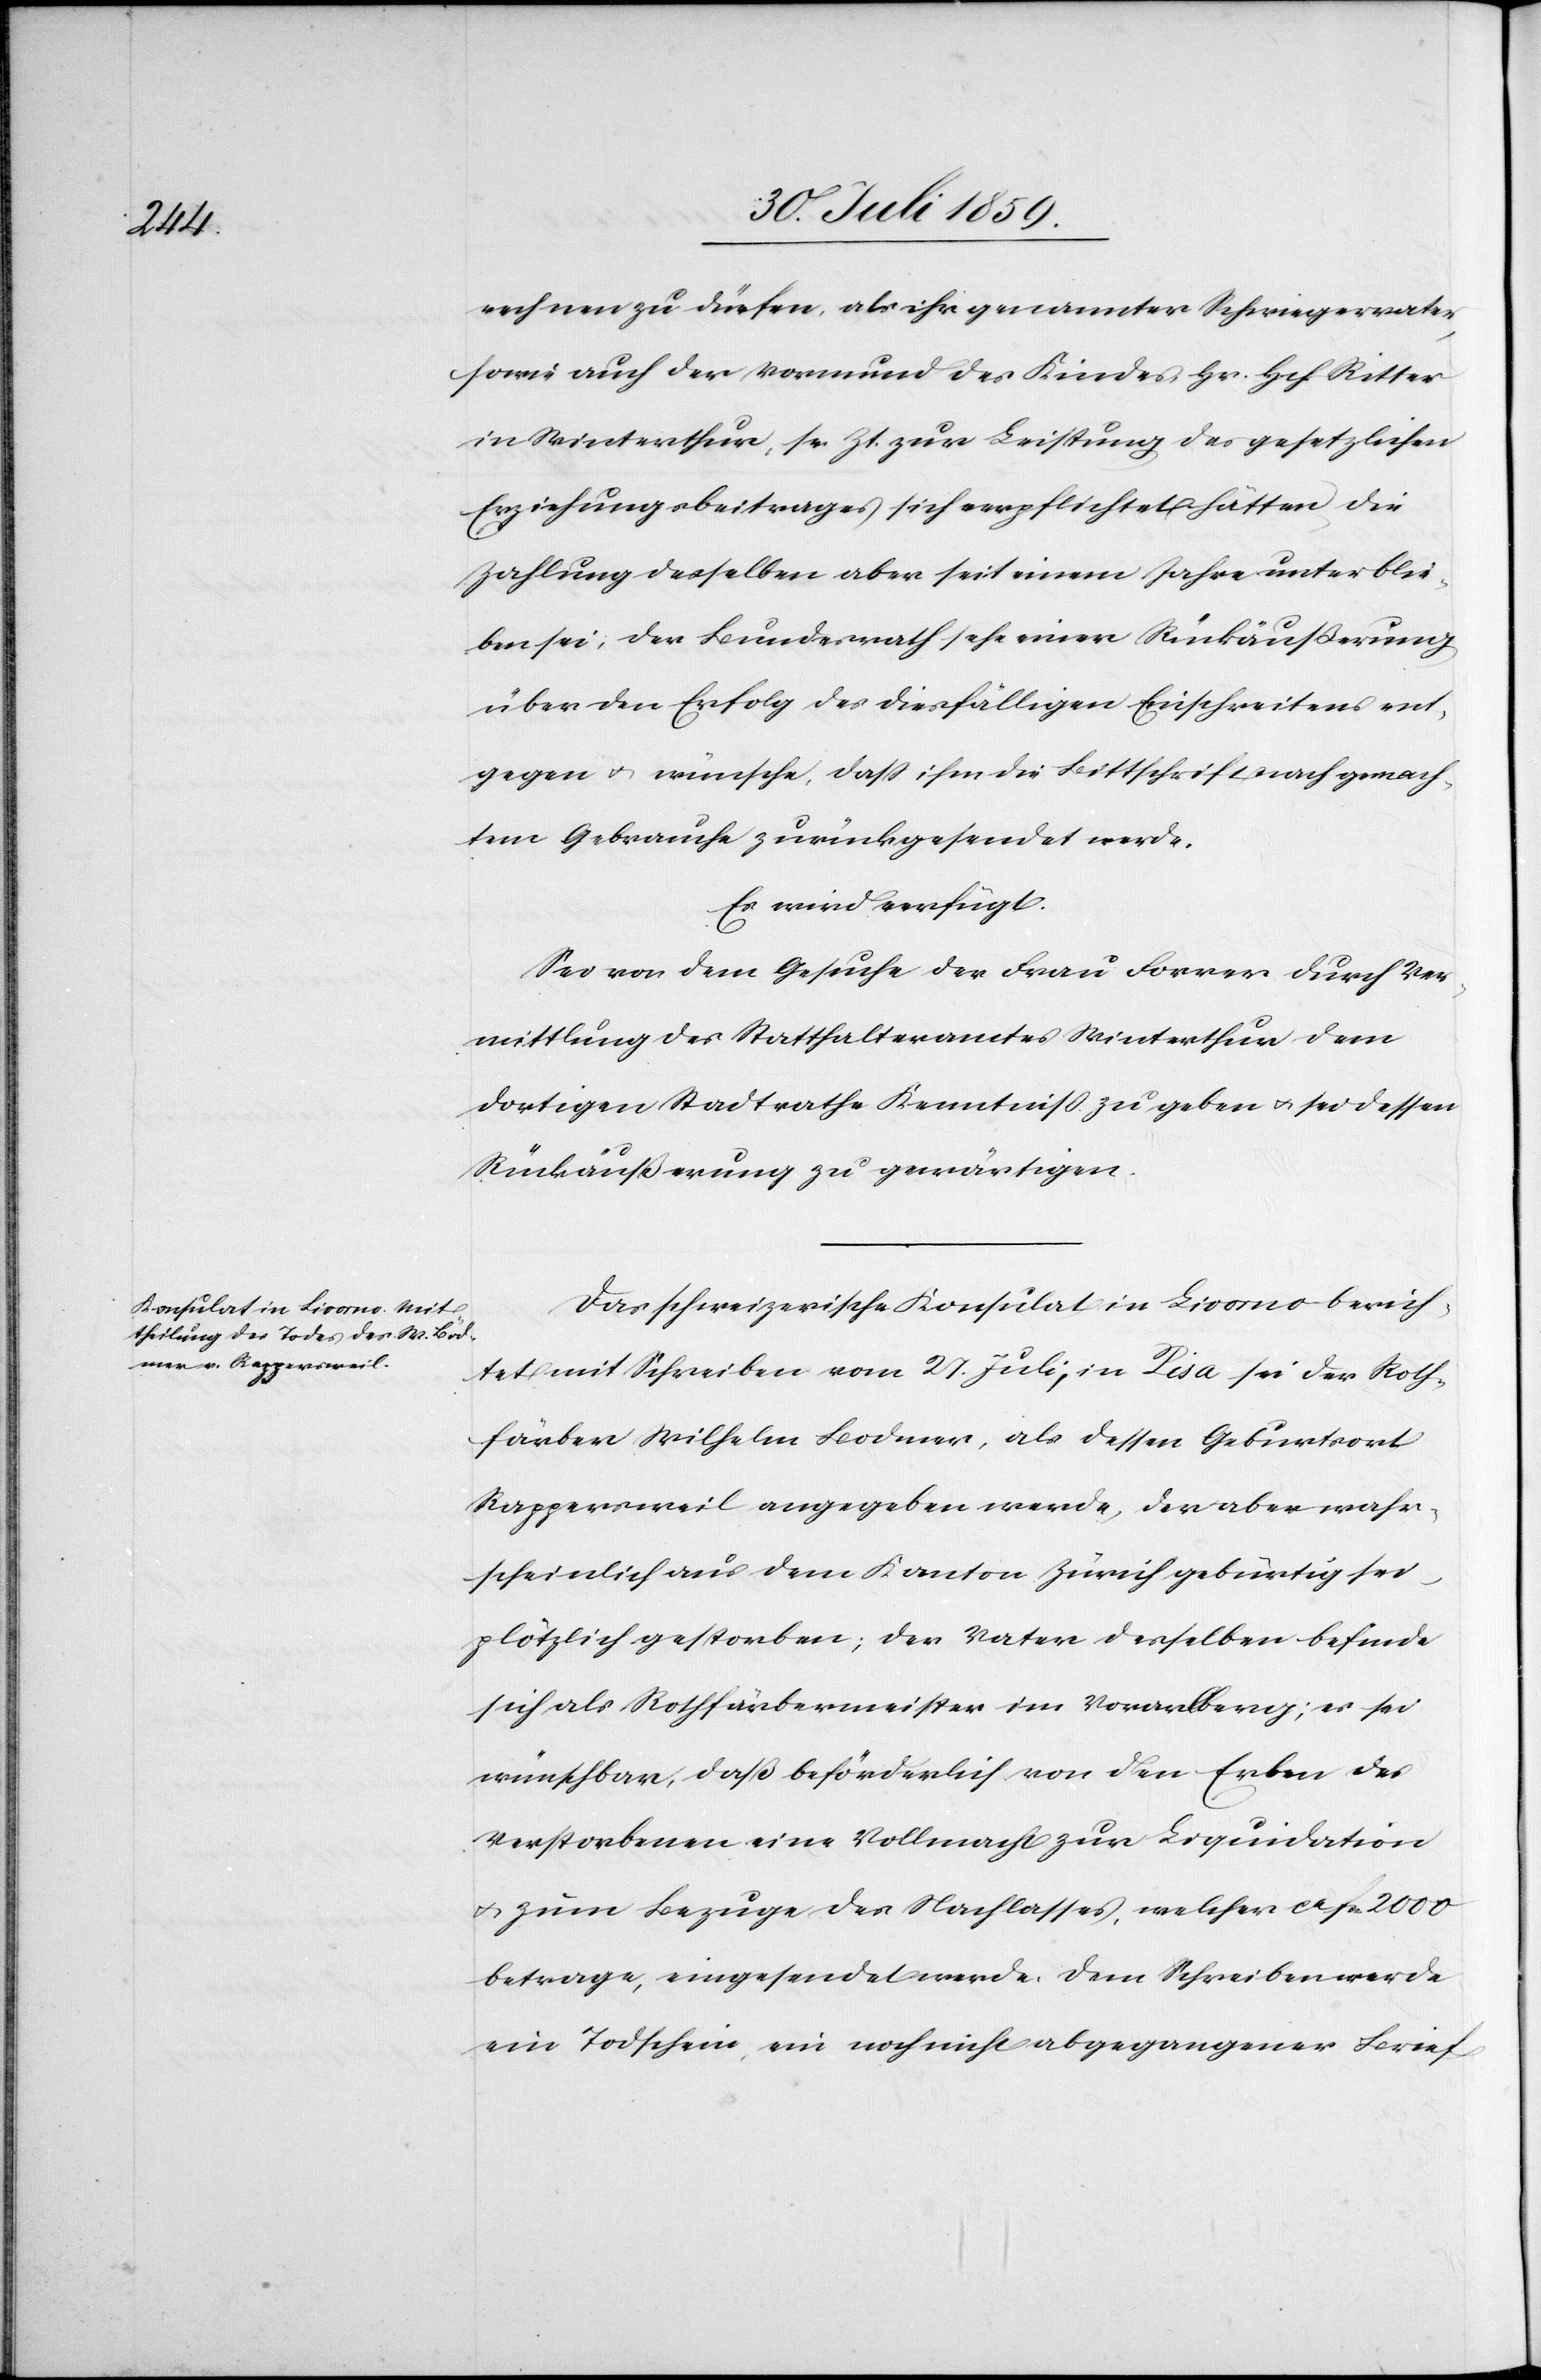
rechnen zu dürfen, als ihr genannter Schwiegervater,
sowie auch der Vormund des Kindes Hr. Hch. Ritter
in Winterthur, sr. Zt. zur Leistung des gesetzlichen
Erziehungsbeitrages sich verpflichtet hätten, die
Zahlung desselben aber seit einem Jahre unterblie¬
ben sei. Der Bundesrath sehe einer Rückäußerung
über den Erfolg des dießfälligen Einschreitens ent¬
gegen u. wünsche, daß ihm die Bittschrift nach gemach¬
tem Gebrauche zurückgesendet werde.
Es wird verfügt.
Sei von dem Gesuche der Frau Forrer durch Ver¬
mittlung des Statthalteramtes Winterthur dem
dortigen Stadtrathe Kenntniß zu geben u. sei dessen
Rückäußerung zu gewärtigen.
Das schweizerische Konsulat in Livorno berich¬
tet mit Schreiben vom 27. Juli, in Pisa sei der Roth¬
färber Wilhelm Bodmer, als dessen Geburtsort
Rappersweil angegeben werde, der aber wahr¬
scheinlich aus dem Kanton Zürich gebürtig sei
plötzlich gestorben; der Vater desselben befinde
sich als Rothfärbermeister im Vorarlberg; es sei
wünschbar, daß beförderlich von den Erben des
Verstorbenen eine Vollmacht zur Liquidation
u. zum Bezuge des Nachlasses, welcher ca. fcs. 2000
betrage, eingesendet werde. Dem Schreiben werde
ein Todschein, ein noch nicht abgegangener Brief